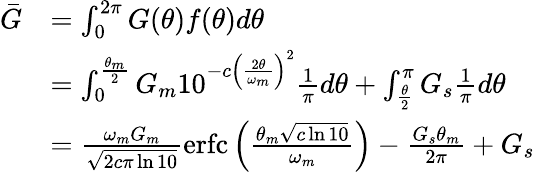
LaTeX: \begin{array}{rl}{\bar{G}}&{=\int_{0}^{2\pi}G(\theta)f(\theta)d\theta}\\ &{=\int_{0}^{\frac{\theta_{m}}{2}}G_{m}10^{-c\left(\frac{2\theta}{\omega_{m}}\right)^{2}}\frac{1}{\pi}d\theta+\int_{\frac{\theta}{2}}^{\pi}G_{s}\frac{1}{\pi}d\theta}\\ &{=\frac{\omega_{m}G_{m}}{\sqrt{2c\pi\ln{10}}}\mathrm{erfc}\left(\frac{\theta_{m}\sqrt{c\ln 10}}{\omega_{m}}\right)-\frac{G_{s}\theta_{m}}{2\pi}+G_{s}}\end{array}